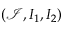
\left( \boldsymbol { \mathcal { I } } , \boldsymbol { I _ { 1 } } , \boldsymbol { I _ { 2 } } \right)